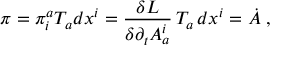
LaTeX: \pi = \pi _ { i } ^ { a } T _ { a } d x ^ { i } = \frac { \delta L } { \delta \partial _ { t } A _ { a } ^ { i } } \, T _ { a } \, d x ^ { i } = \dot { A } \; ,